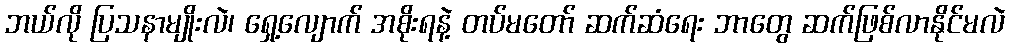
ဘယ်လို ပြသနာမျိုးလဲ၊ ရှေ့လျောက် အစိုးရနဲ့ တပ်မတော် ဆက်ဆံရေး ဘာတွေ ဆက်ဖြစ်လာနိုင်မလဲ